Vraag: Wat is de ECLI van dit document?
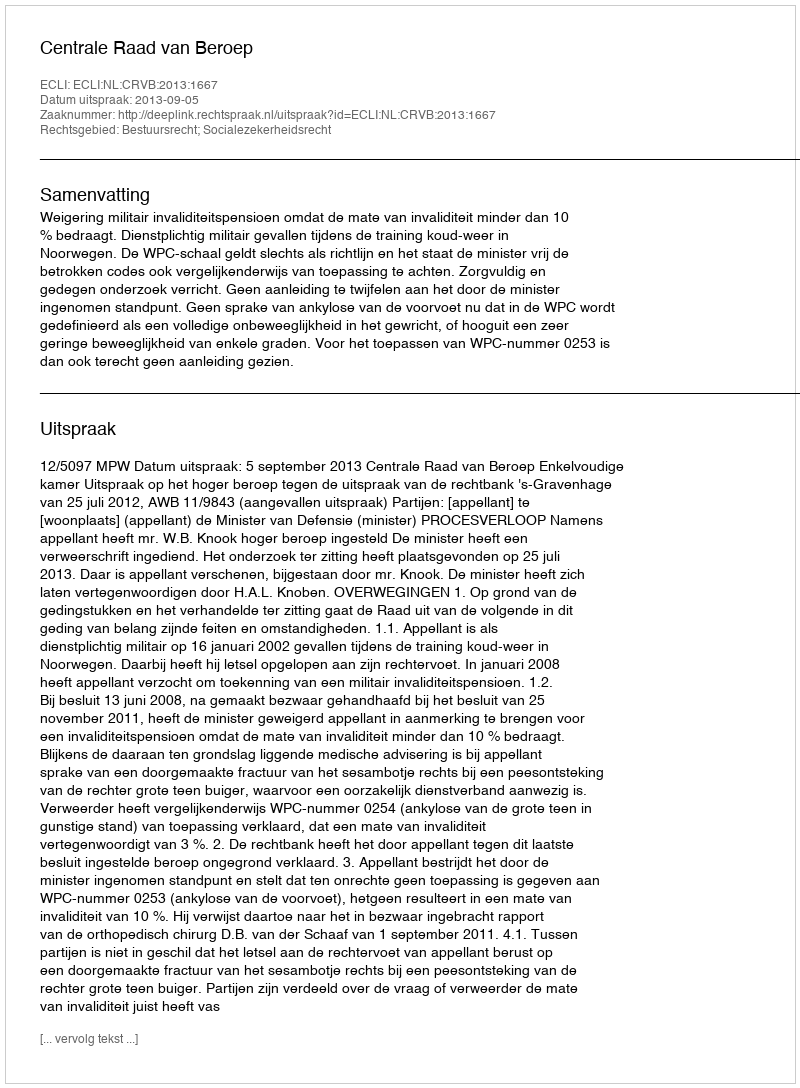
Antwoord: ECLI:NL:CRVB:2013:1667